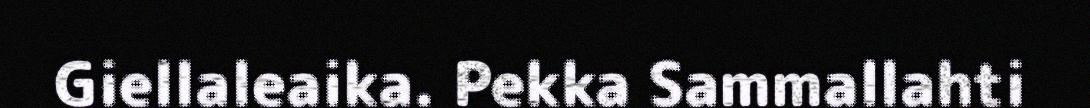
Giellaleaika. Pekka Sammallahti